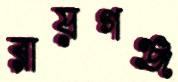
রায়গঞ্জ